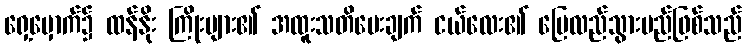
ရှေ့မှောက်၌ ထန်နိုး ကြိုးများ၏ အထူးသတိပေးချက် ငယ်လေး၏ ပြေလည်သွားမည်ဖြစ်သည်